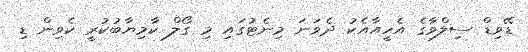
ޑޭވިޑް ސިލްވާގެ އެހީއާއެކު ދެވަނަ މިނެޓުގައި މި ގޯލް ކާމިޔާބުކުރީ ކެވިން ޑި